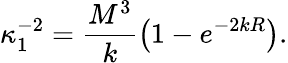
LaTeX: \kappa_{1}^{-2}=\frac{M^{3}}{k}\left(1-e^{-2kR}\right).